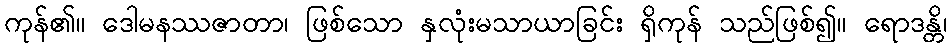
ကုန်၏။ ဒေါမနဿဇာတာ၊ ဖြစ်သော နှလုံးမသာယာခြင်း ရှိကုန် သည်ဖြစ်၍။ ရောဒန္တိ၊